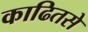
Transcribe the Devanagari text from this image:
काढितसे